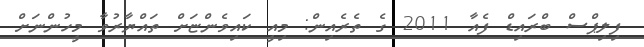
ފިލިޕްސް ބްރައިޑް ފެއާ 2011 ގެ ތެރެއިން: މިއީ ކައިވެންޏަށް ތައްޔާރުވާ މީހުންނަށް